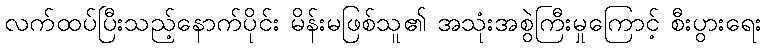
လက်ထပ်ပြီးသည့်နောက်ပိုင်း မိန်းမဖြစ်သူ၏ အသုံးအစွဲကြီးမှုကြောင့် စီးပွားရေး